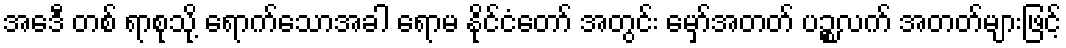
အေဒီ တစ် ရာစုသို့ ရောက်သောအခါ ရောမ နိုင်ငံတော် အတွင်း မှော်အတတ် ပဉ္စလက် အတတ်များဖြင့်